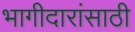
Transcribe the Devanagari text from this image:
भागीदारांसाठी